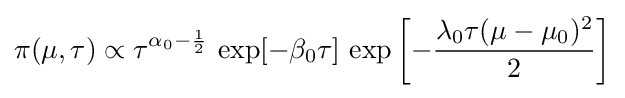
\pi (\mu ,\tau )\propto \tau ^{\alpha _{0}-{\frac {1}{2}}}\,\exp[-\beta _{0}\tau ]\,\exp \left[-{\frac {\lambda _{0}\tau (\mu -\mu _{0})^{2}}{2}}\right]